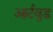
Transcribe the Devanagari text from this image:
आर्टवुड